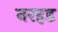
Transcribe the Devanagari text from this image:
नरहड